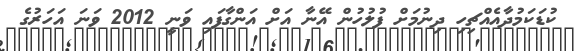
ކުޑަކަމުދާއެއްޗިހި ދިނުމަށް ފުލުހުން އޭނާ އަށް އަންގާފައި ވަނީ 2012 ވަނަ އަހަރުގެ